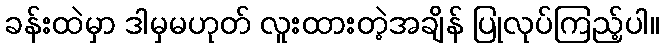
ခန်းထဲမှာ ဒါမှမဟုတ် လူးထားတဲ့အချိန် ပြုလုပ်ကြည့်ပါ။